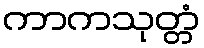
ကာကသုတ္တံ